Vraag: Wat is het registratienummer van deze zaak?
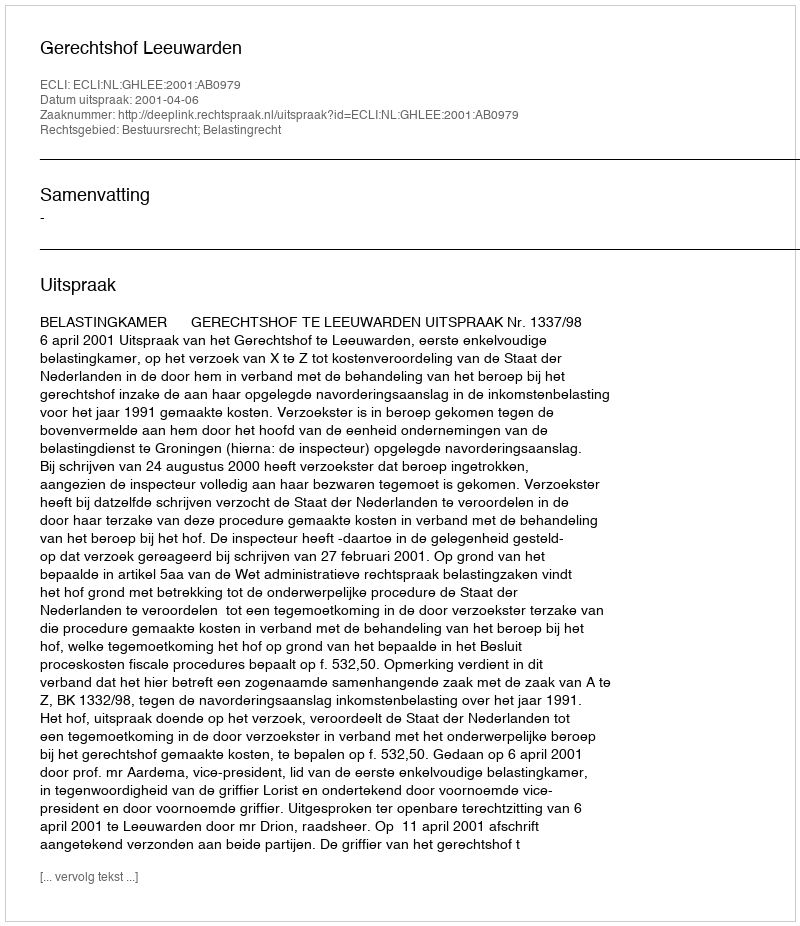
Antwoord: http://deeplink.rechtspraak.nl/uitspraak?id=ECLI:NL:GHLEE:2001:AB0979